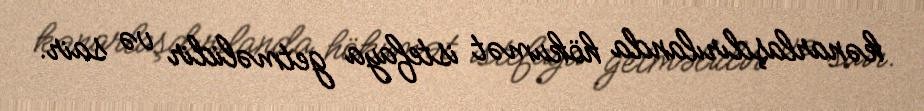
kənarlaşdırılanda hökumət istefaya getməlidir və sair.